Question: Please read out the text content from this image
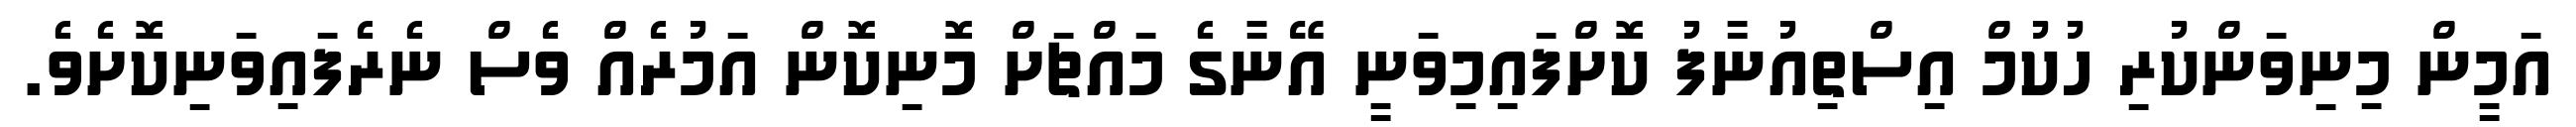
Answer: އަމީން މިނިވަންކުރި ހުކުމް އިސްތިއުނާފު ކޮށްފައިމިވަނީ އޭނާގެ މައްޗަށް މޮނިކޮން އަމުރެއް ވެސް ނެރެފައިވަނިކޮށެވެ.